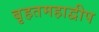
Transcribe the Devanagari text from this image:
बृहतमहाद्वीप